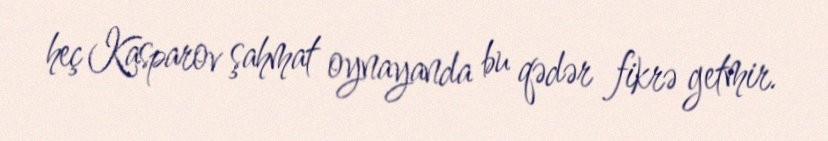
heç Kasparov şahmat oynayanda bu qədər fikrə getmir.